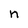
Character: n